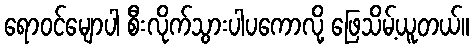
ရောဝင်မျောပါ စီးလိုက်သွားပါပကောလို့ ဖြေသိမ့်ယူတယ်။